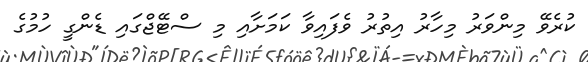
ކުރެވޭ މިންވަރު މިހާރު އިތުރު ވެފައިވާ ކަމަށާއި މި ސްޓޭޖްގައި ޑެންގީ ހުމުގެ